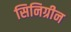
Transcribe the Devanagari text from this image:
सिनिग्रीन